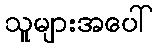
သူများအပေါ်